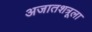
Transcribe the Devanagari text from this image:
अजातशत्रूला